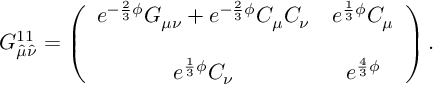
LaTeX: G _ { \hat { \mu } \hat { \nu } } ^ { 1 1 } = \left( \begin{array} { c c } { { e ^ { - \frac { 2 } { 3 } \phi } G _ { \mu \nu } + e ^ { - \frac { 2 } { 3 } \phi } C _ { \mu } C _ { \nu } } } & { { e ^ { \frac { 1 } { 3 } \phi } C _ { \mu } } } \\ { { } } & { { } } \\ { { e ^ { \frac { 1 } { 3 } \phi } C _ { \nu } } } & { { e ^ { \frac { 4 } { 3 } \phi } } } \end{array} \right) .